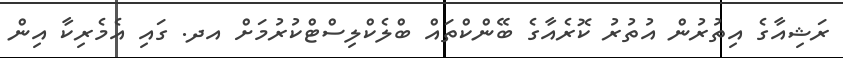
ރަޝިއާގެ އިތުރުން އުތުރު ކޮރެއާގެ ބޭންކްތައް ބްލެކްލިސްޓްކުރުމަށް އދ. ގައި އެމެރިކާ އިން